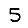
Digit: 5